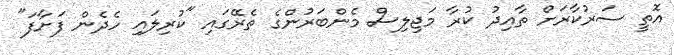
އޮތީ ސަރުކާރަށް ތާއިދު ކުރާ މަޖިލިސް މެންބަރުންގެ ތެރޭގައި "ކުރިލައި ހެދެން ފަށާފަ"